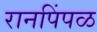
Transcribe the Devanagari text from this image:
रानपिंपळ